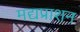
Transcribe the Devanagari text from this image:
मद्यप्राशन